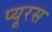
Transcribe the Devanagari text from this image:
प्यूरस